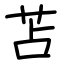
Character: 苫